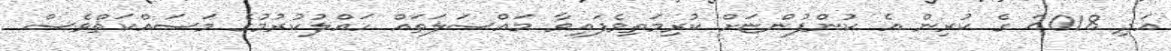
އަދި 2018 ގެ ކުރިން އެ ކުންފުންޏަށް ކުރިމަތިވެފައިވާ މައްސަލަތައް ހައްލުކުރުމުގެ މަސައްކަތްވެސް